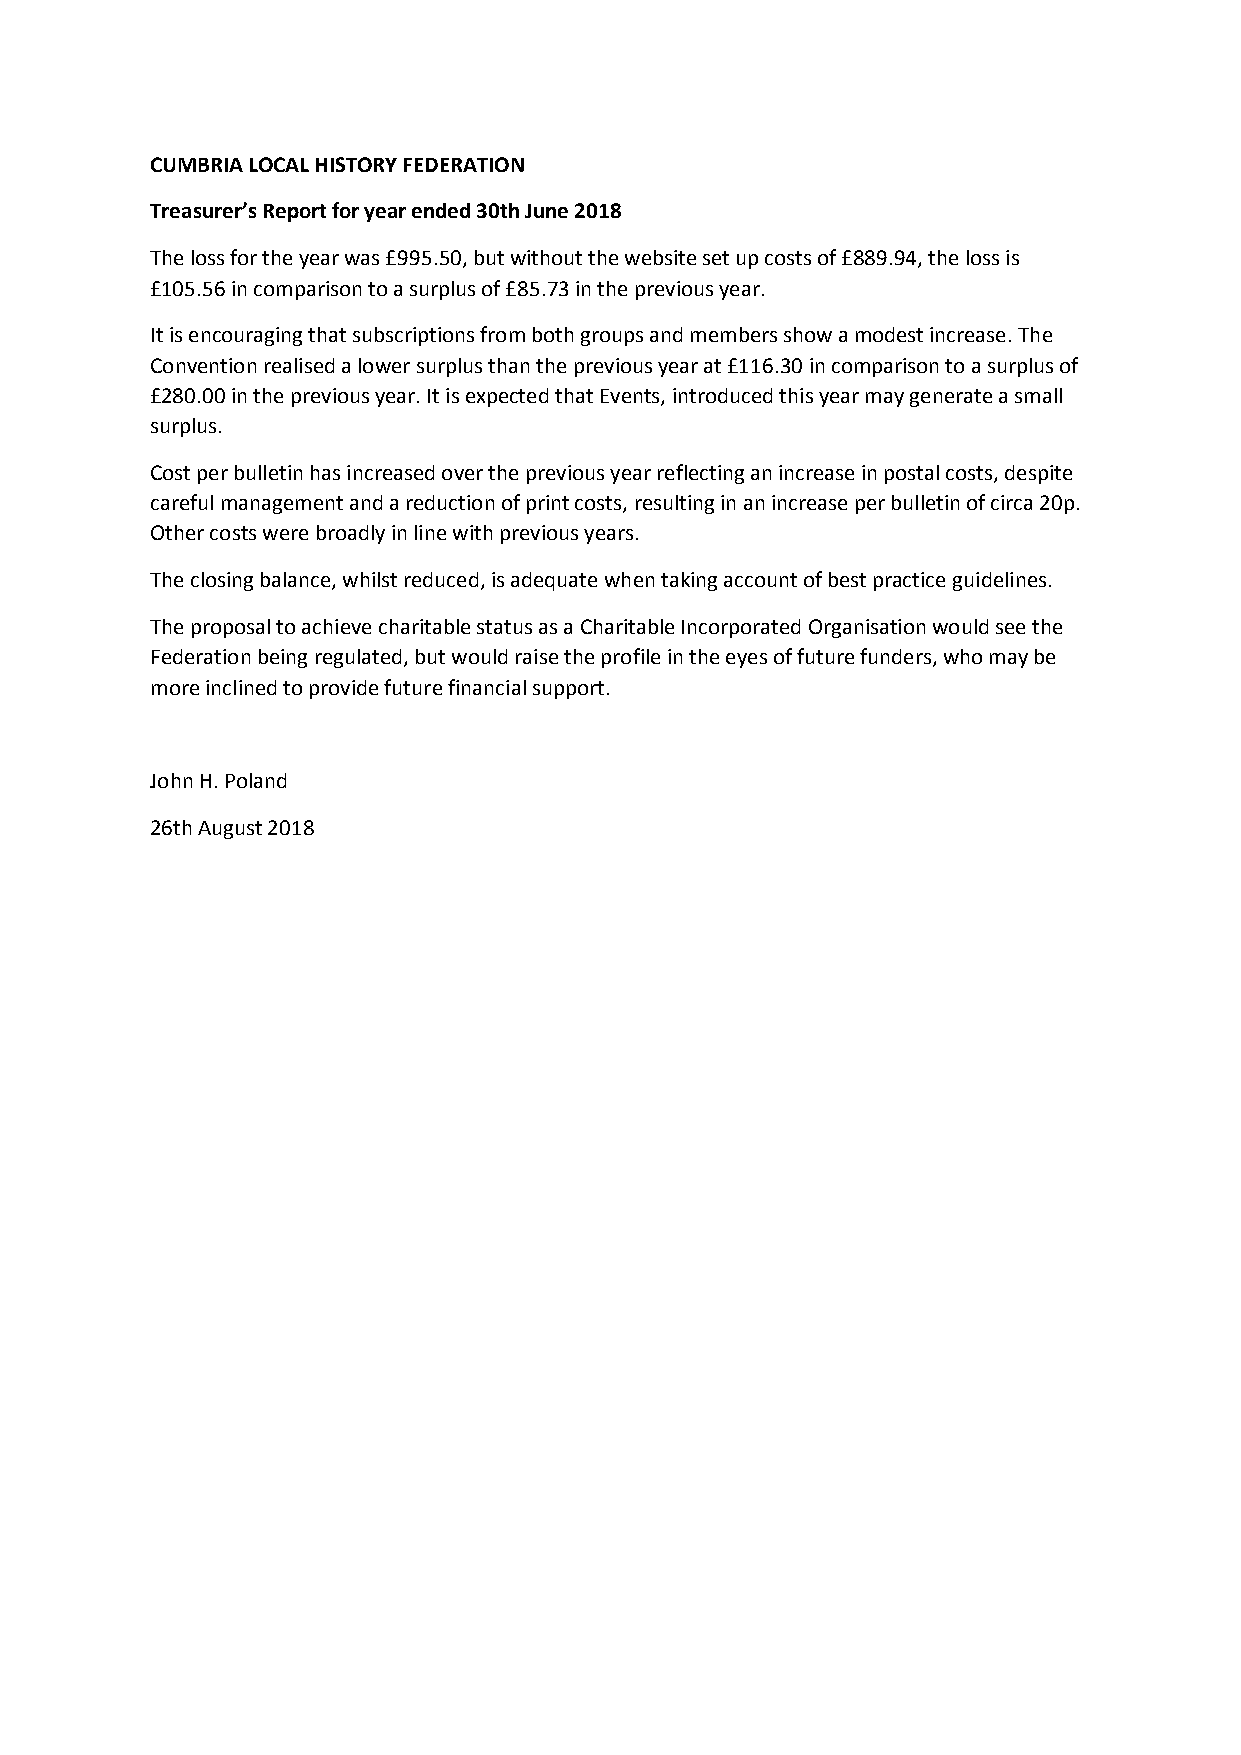
CUMBRIA LOCAL HISTORY FEDERATION
 Treasurer’s Report for year ended 30th June 2018
 The loss for the year was £995.50, but without the website set up costs of £889.94, the loss is
 £105.56 in comparison to a surplus of £85.73 in the previous year.
 It is encouraging that subscriptions from both groups and members show a modest increase. The
 Convention realised a lower surplus than the previous year at £116.30 in comparison to a surplus of
 £280.00 in the previous year. It is expected that Events, introduced this year may generate a small
 surplus.
 Cost per bulletin has increased over the previous year reflecting an increase in postal costs, despite
 careful management and a reduction of print costs, resulting in an increase per bulletin of circa 20p.
 Other costs were broadly in line with previous years.
 The closing balance, whilst reduced, is adequate when taking account of best practice guidelines.
 The proposal to achieve charitable status as a Charitable Incorporated Organisation would see the
 Federation being regulated, but would raise the profile in the eyes of future funders, who may be
 more inclined to provide future financial support.
 John H. Poland
 26th August 2018